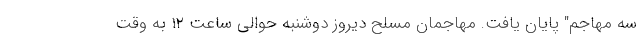
سه مهاجم" پایان یافت. مهاجمان مسلح دیروز دوشنبه حوالی ساعت ۱۲ به وقت